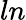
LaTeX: ln